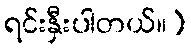
ရင်းနှီးပါတယ်။)